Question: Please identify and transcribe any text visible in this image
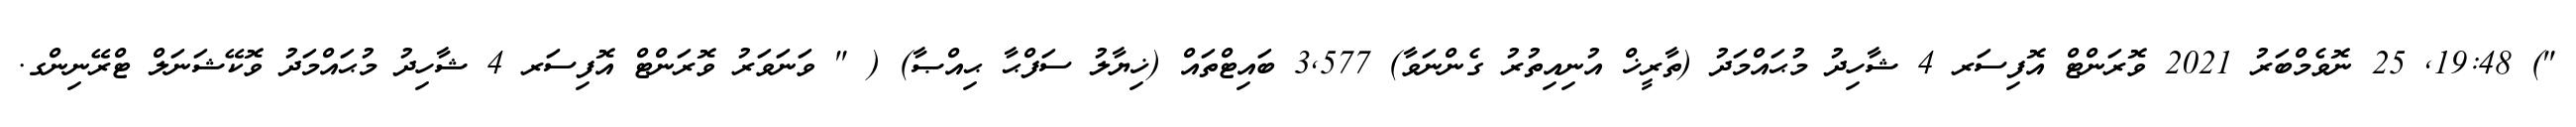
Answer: ") 19:48, 25 ނޮވެމްބަރު 2021 ވޮރަންޓް އޮފިސަރ 4 ޝާހިދު މުޙައްމަދު (ތާރީޚް އުނިއިތުރު ގެންނަވާ) 3,577 ބައިޓްތައް (ޚިޔާލު ސަފްޙާ ޙިއްޞާ) ( " ވަނަވަރު ވޮރަންޓް އޮފިސަރ 4 ޝާހިދު މުޙައްމަދު ވޮކޭޝަނަލް ޓްރޭނިންގ.